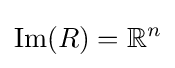
\mathrm {Im} (R)=\mathbb {R} ^{n}